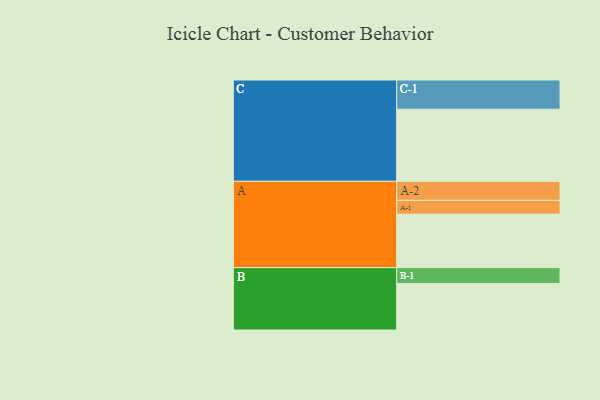
{"axis": {"x": "Segment", "y": "Value"}, "legend": ["", "A", "B", "C"], "data": [{"x": "A", "y": 357, "type": ""}, {"x": "B", "y": 310, "type": ""}, {"x": "C", "y": 481, "type": ""}, {"x": "A-1", "y": 92, "type": "A"}, {"x": "A-2", "y": 127, "type": "A"}, {"x": "B-1", "y": 106, "type": "B"}, {"x": "C-1", "y": 195, "type": "C"}]}